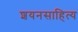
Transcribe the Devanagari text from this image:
शयनसाहित्य